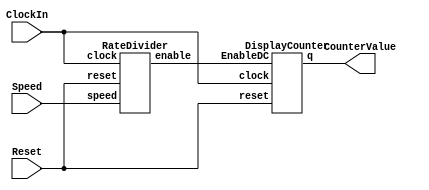
module part2(ClockIn, Reset, Speed, CounterValue);
    input ClockIn, Reset;
	input [1:0] Speed;
    output [3:0] CounterValue;
	wire Enable;
	//wire [10:0] test;
	
	RateDivider u0(ClockIn, Speed, Reset, Enable);
	DisplayCounter u1(ClockIn, Enable, Reset, CounterValue);
endmodule

module RateDivider(clock, speed, reset, enable); // need 11 T flip flops to rep up to 2000 for 0.25Hz
    input clock, reset;
    input [1:0] speed;
    output enable;
	//output [10:0] test;
	reg [10:0] q;
	reg [10:0] d;
    //wire parallel_load = 1'b1;

    always@(posedge clock)
    begin
        case(speed[1:0])
			2'b00: begin d = 11'b00000000001; end // d = 1; 500Hz
			2'b01: begin d = 11'b00111110100; end // d = 500; 1Hz
			2'b10: begin d = 11'b01111101000; end // d = 1000; 0.5 Hz
			2'b11: begin d = 11'b11111010000; end // d = 2000; 0.25 Hz
			default: begin d = 11'b00000000001; end// d = 1; 500Hz
        endcase
		if (reset == 1'b1) //active-high reset
            begin
			q <= (d - 1);
			end
			//parallel_load = 1'0;
        /*else if (parallel_load == 1'b1)
            q <= d - 1;
			parallel_load = 1'b0;
		*/
        else if (q == 11'b00000000000)
			begin
			q <= (d - 1);
			end
			//parallel_load = 1'b0;
		else
            begin
			q <= (q - 1); // counting down
			end
    end
	//assign test = q;
    assign enable = ~(|q); // if q is 0, then enable is 1, otherwise enable is 0
endmodule

module DisplayCounter(clock, EnableDC, reset, q);
    input clock, EnableDC, reset;
    output reg [3:0] q;

    always@(posedge clock)
    begin
        if (reset == 1'b1) begin
			q <= 0;
			end
		else if (EnableDC == 1'b1) begin
			q <= q + 1; // counting up
			end
		else
			begin
			q <= q;
			end
    end
endmodule